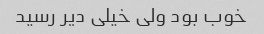
خوب بود ولی خیلی دیر رسید